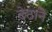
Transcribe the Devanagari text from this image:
देठाने